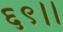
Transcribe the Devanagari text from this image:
६९।।